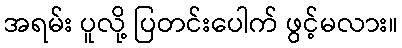
အရမ်း ပူလို့ ပြတင်းပေါက် ဖွင့်မလား။